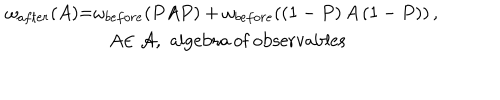
LaTeX: \begin{array} { c } { { \omega _ { a f t e r } ( A \mathcal { ) = } \omega _ { b e f o r e } ( P A P ) + \omega _ { b e f o r e } ( \left( 1 - P \right) A \left( 1 - P \right) ) \, , \, \, } } \\ { { \, \, \, A \mathcal { \in A } , \, \, \mathrm { a l g e b r a ~ o f ~ o b s e r v a b l e s ~ } } } \\ \end{array}